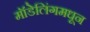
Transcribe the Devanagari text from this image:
मॉडेलिंगमधून